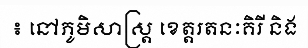
៖ នៅភូមិសាស្ត្រ ខេត្តរតនៈគិរី និង